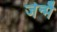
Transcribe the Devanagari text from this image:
जेन्मै